Vaccine operations Central Provinces & Berar 1912-1920 - 1912-1920
Year: 1912
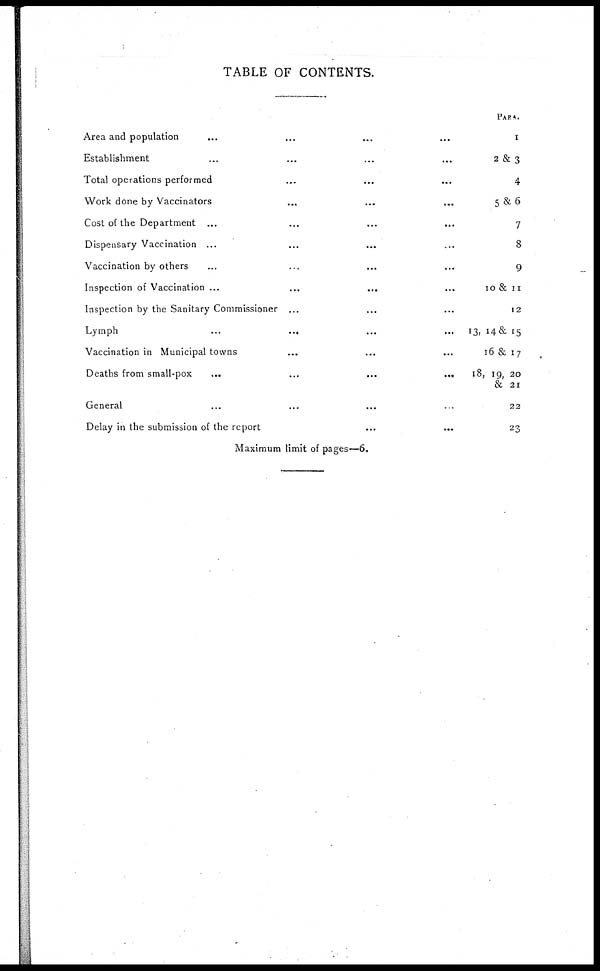
TABLE OF CONTENTS.
PARA.
Area and population ... ... ... ...
Establishment ... ... ... ...
Total operations performed ... ... ...
Work done by Vaccinators ... ... ...
Cost of the Department ... ... ... ...
Dispensary Vaccination ... ... ... ...
Vaccination by others ... ... ... ...
Inspection of Vaccination ... ... ... ...
Inspection by the Sanitary Commissioner ... ... ...
Lymph
...
... ... ...
Vaccination in Municipal towns
...
...
...
Deaths from small-pox
...
...
...
...
General ... ... ... ...
Delay in the submission of the report ... ...
1
2 & 3
4
5&6
7
8
9
10 & 11
12
13, 14 & 15
16 & 17
18, 19, 20
& 21
22
23
Maximum limit of pages.—6.